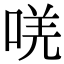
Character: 唴